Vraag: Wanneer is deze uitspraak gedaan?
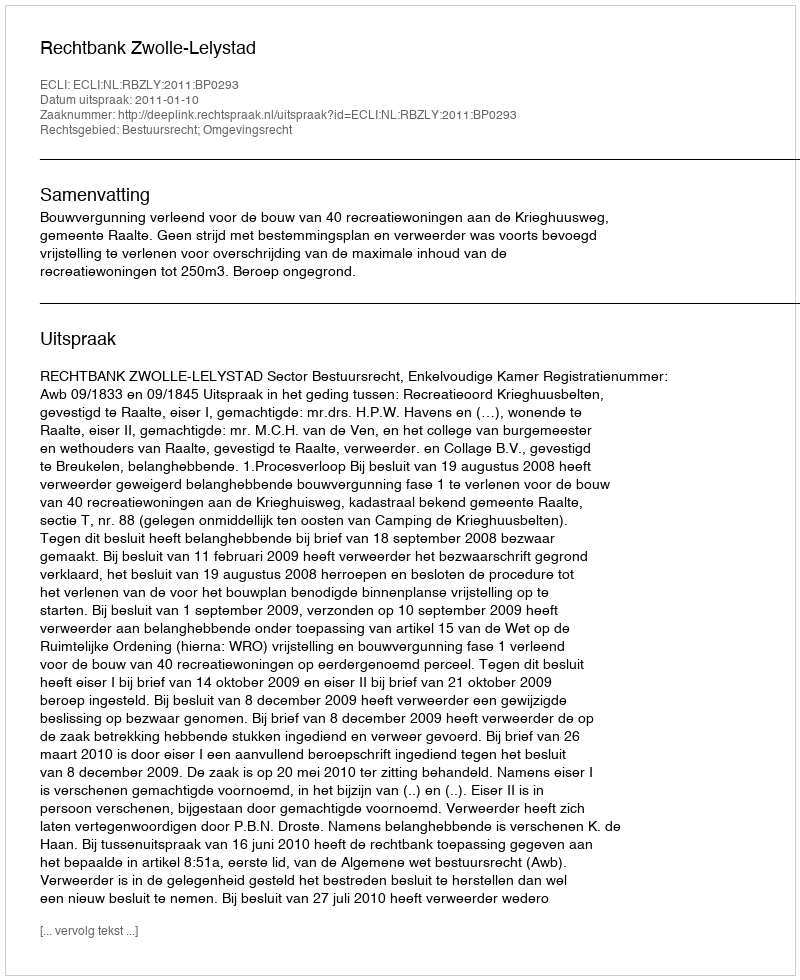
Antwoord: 2011-01-10